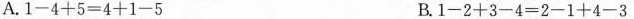
A.1-4+5=4+1-5 B.1-2+3-4=2-1+4-3